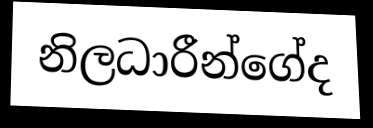
නිලධාරීන්ගේද